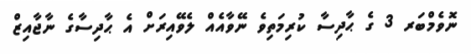
ނޮވެމްބަރ 3 ގެ ޙާދިސާ ކުރިމަތިވެ ނޭވާއެއް ލެވޭއިރަށް އެ ޙާދިސާގެ ނާޖާއިޒް